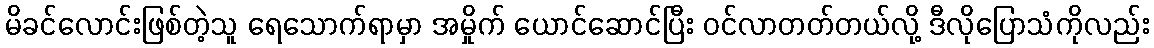
မိခင်လောင်းဖြစ်တဲ့သူ ရေသောက်ရာမှာ အမှိုက် ယောင်ဆောင်ပြီး ဝင်လာတတ်တယ်လို့ ဒီလိုပြောသံကိုလည်း